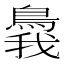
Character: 䳗